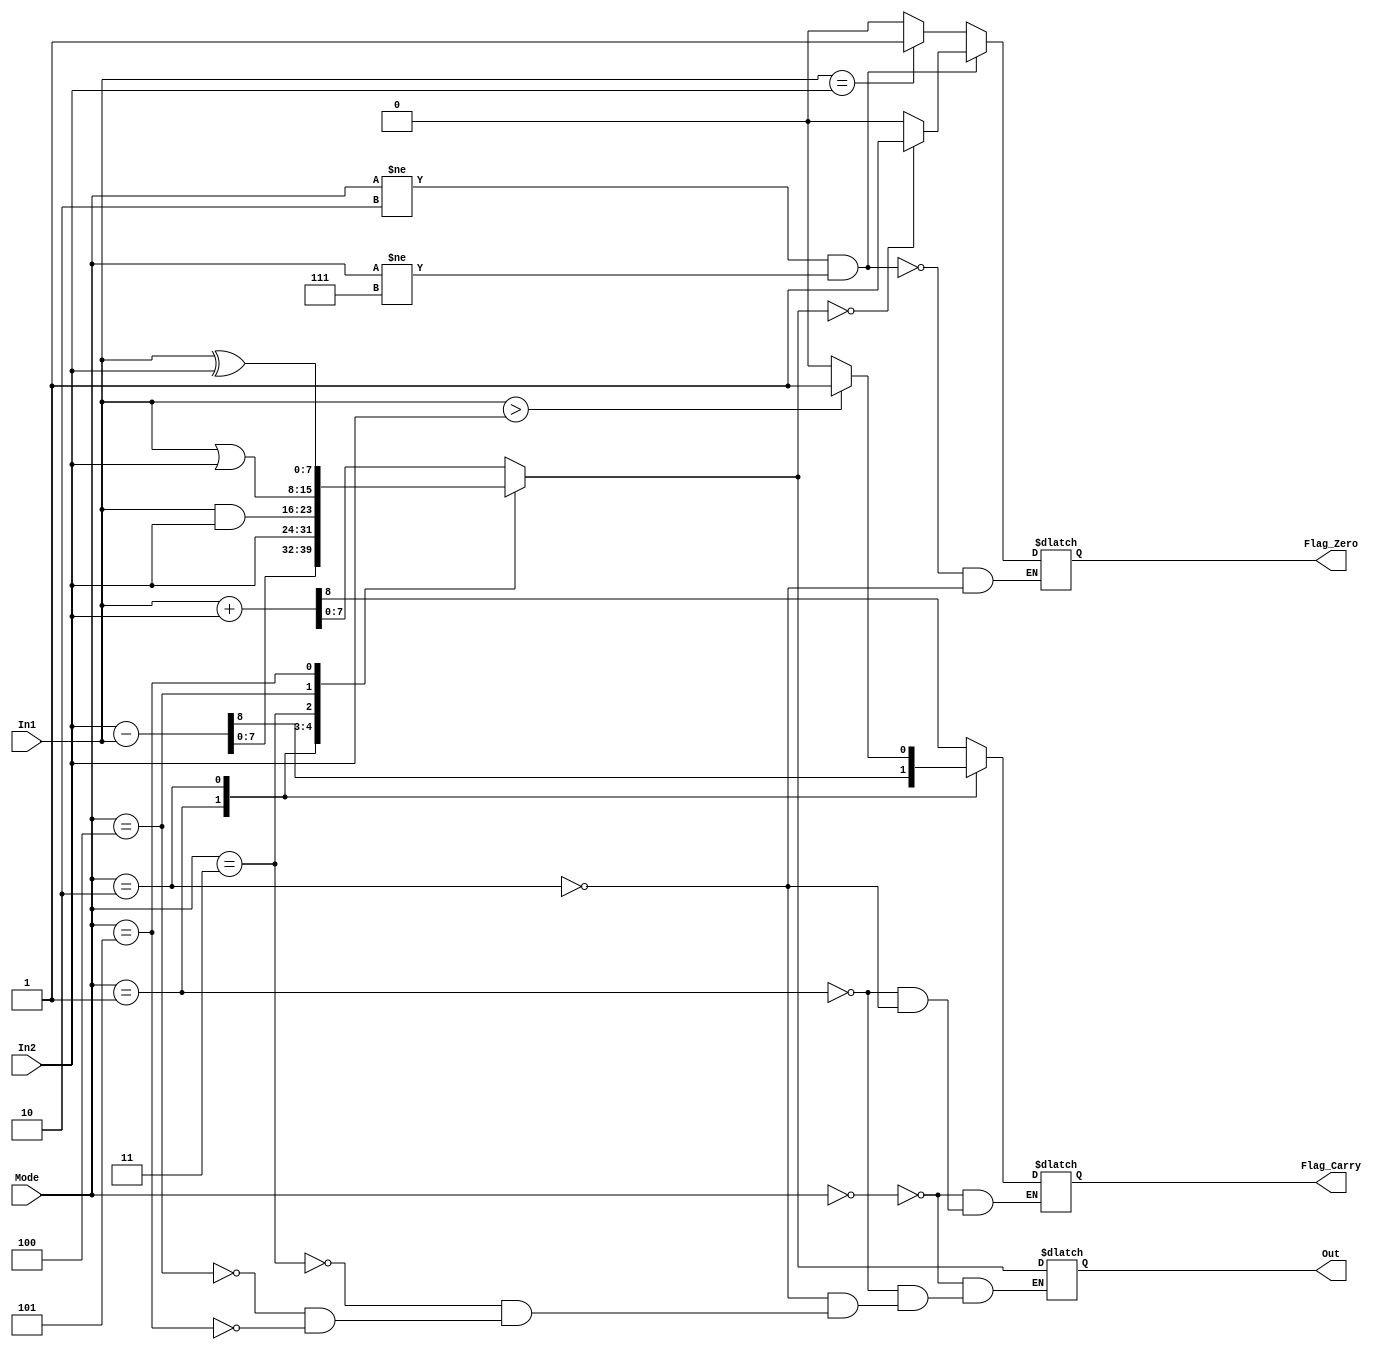
module ALU(
  input wire[7:0] In1, 
  input wire[7:0] In2, 
  input wire[2:0] Mode,
  
  output reg[7:0] Out,
  output reg Flag_Zero,
  output reg Flag_Carry
);
  
  /*
  MANAGE SIGN EXTENDED VALUES
  0 - 000000_00
  1 - 000000_01
  2 - 111111_10
  3 - 111111_11
  */

  // initializing both flags
  initial
    begin
      Flag_Zero = 1'b0;
      Flag_Carry= 1'b0;
    end
  
  // Modes for ALU
	always @(In1 or In2 or Mode)
		begin
			case(Mode)
				3'b000 : {Flag_Carry, Out} = In1 + In2;		//sum
				3'b001 : {Flag_Carry, Out} = In2 - In1;		//diff
				3'b010 : // comp
						begin
							Flag_Zero = (In1==In2)?1'b1:1'b0;
							Flag_Carry = (In1>In2)?1'b1:1'b0;
							Out = In2;
						end
				3'b011 : Out = In1 & In2;	// and
				3'b100 : Out = In1 | In2;	// or
				3'b101 : Out = In1 ^ In2;	// xor
			endcase
			
			if(Mode!=3'b010 && Mode!=3'b111)
				begin
					Flag_Zero = (Out == 8'b00000000)?1'b1:1'b0;	// to handle zero flag
				end
    end

endmodule